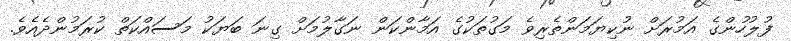
ފުލުހުންގެ އަމުރަށް ނުކިޔަމަންތެރިވެ މަގުތަކުގެ އަމާންކަން ނަގާލުމަށް ގިނަ ބަޔަކު މަސައްކަތް ކުރަމުންދެއެވެ.